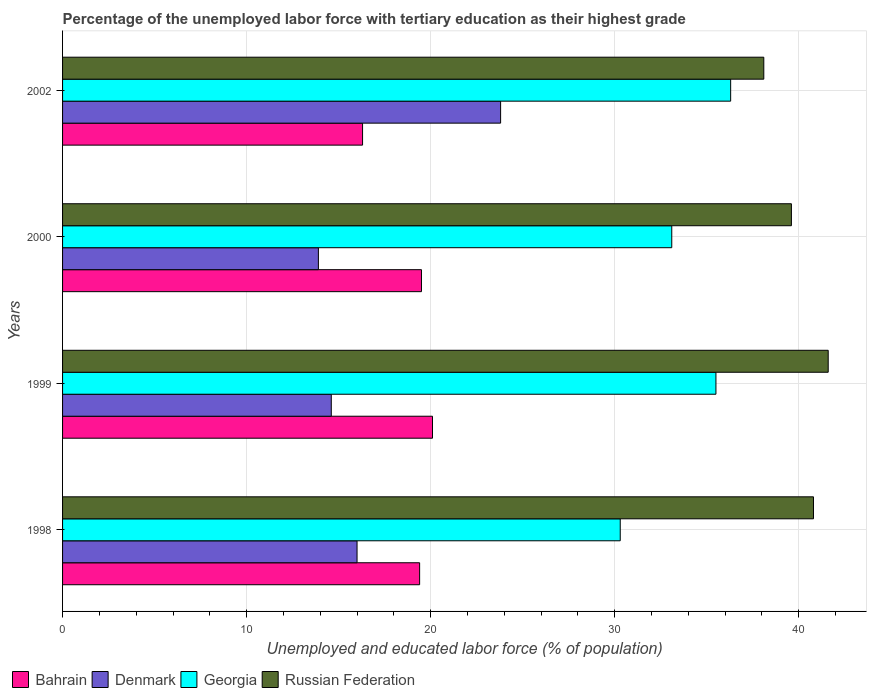
| Years | Bahrain | Denmark | Georgia | Russian Federation |
 | --- | --- | --- | --- | --- |
 | 1998 | 19.4 | 16 | 30.3 | 40.8 |
 | 1999 | 20.1 | 14.6 | 35.5 | 41.6 |
 | 2000 | 19.5 | 13.9 | 33.1 | 39.6 |
 | 2002 | 16.3 | 23.8 | 36.3 | 38.1 |